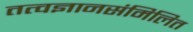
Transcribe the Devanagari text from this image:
तत्वज्ञानसंमिलित